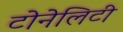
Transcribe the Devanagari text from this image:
टोनेलिटी